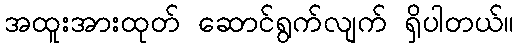
အထူးအားထုတ် ဆောင်ရွက်လျက် ရှိပါတယ်။